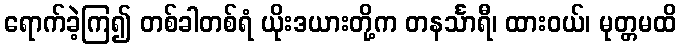
ရောက်ခဲ့ကြ၍ တစ်ခါတစ်ရံ ယိုးဒယားတို့က တနင်္သာရီ၊ ထားဝယ်၊ မုတ္တမထိ